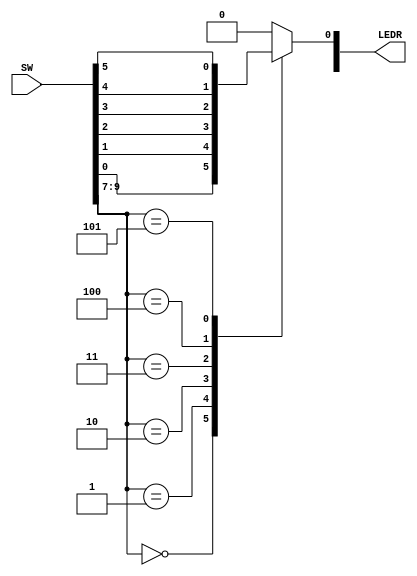

module multiplexer6to1(LEDR,SW);

input [9:0] SW;
output [9:0] LEDR;

reg Out;

always @(*)
begin
	case(SW[9:7]) //start case

	3'b000:Out=SW[0];
	3'b001:Out=SW[1];	
	3'b010:Out=SW[2];	
	3'b011:Out=SW[3];
	3'b100:Out=SW[4];
	3'b101:Out=SW[5];
	default:Out=3'b000;
	endcase
end

	assign LEDR[0]= Out;

endmodule